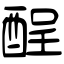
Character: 酲